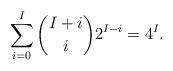
LaTeX: \begin{align*}\sum_{i=0}^{I}{I+i\choose i}2^{I-i}=4^I.\end{align*}